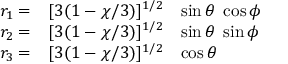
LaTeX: \begin{array} { l l l } { { r _ { 1 } = } } & { { [ 3 ( 1 - \chi / 3 ) ] ^ { 1 / 2 } } } & { { \sin \theta \ \cos \phi } } \\ { { r _ { 2 } = } } & { { [ 3 ( 1 - \chi / 3 ) ] ^ { 1 / 2 } } } & { { \sin \theta \ \sin \phi } } \\ { { r _ { 3 } = } } & { { [ 3 ( 1 - \chi / 3 ) ] ^ { 1 / 2 } } } & { { \cos \theta } } \end{array}